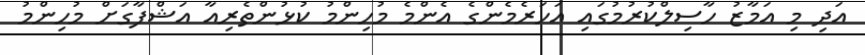
އަދި މި އަމާޒު ހާސިލްކުރުމުގައި އަހަރެމެންގެ އެންމެ މުހިންމު ކުޅުންތެރިއާ އަޝްފާގަށް މުހިންމު